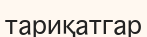
тариқатгар